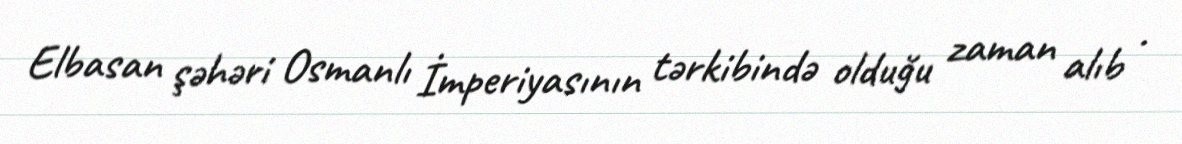
Elbasan şəhəri Osmanlı İmperiyasının tərkibində olduğu zaman alıb .